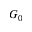
G _ { 0 }